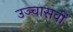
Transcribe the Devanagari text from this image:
उञ्चासवीं